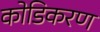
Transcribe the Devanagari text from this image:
कोडिकरण